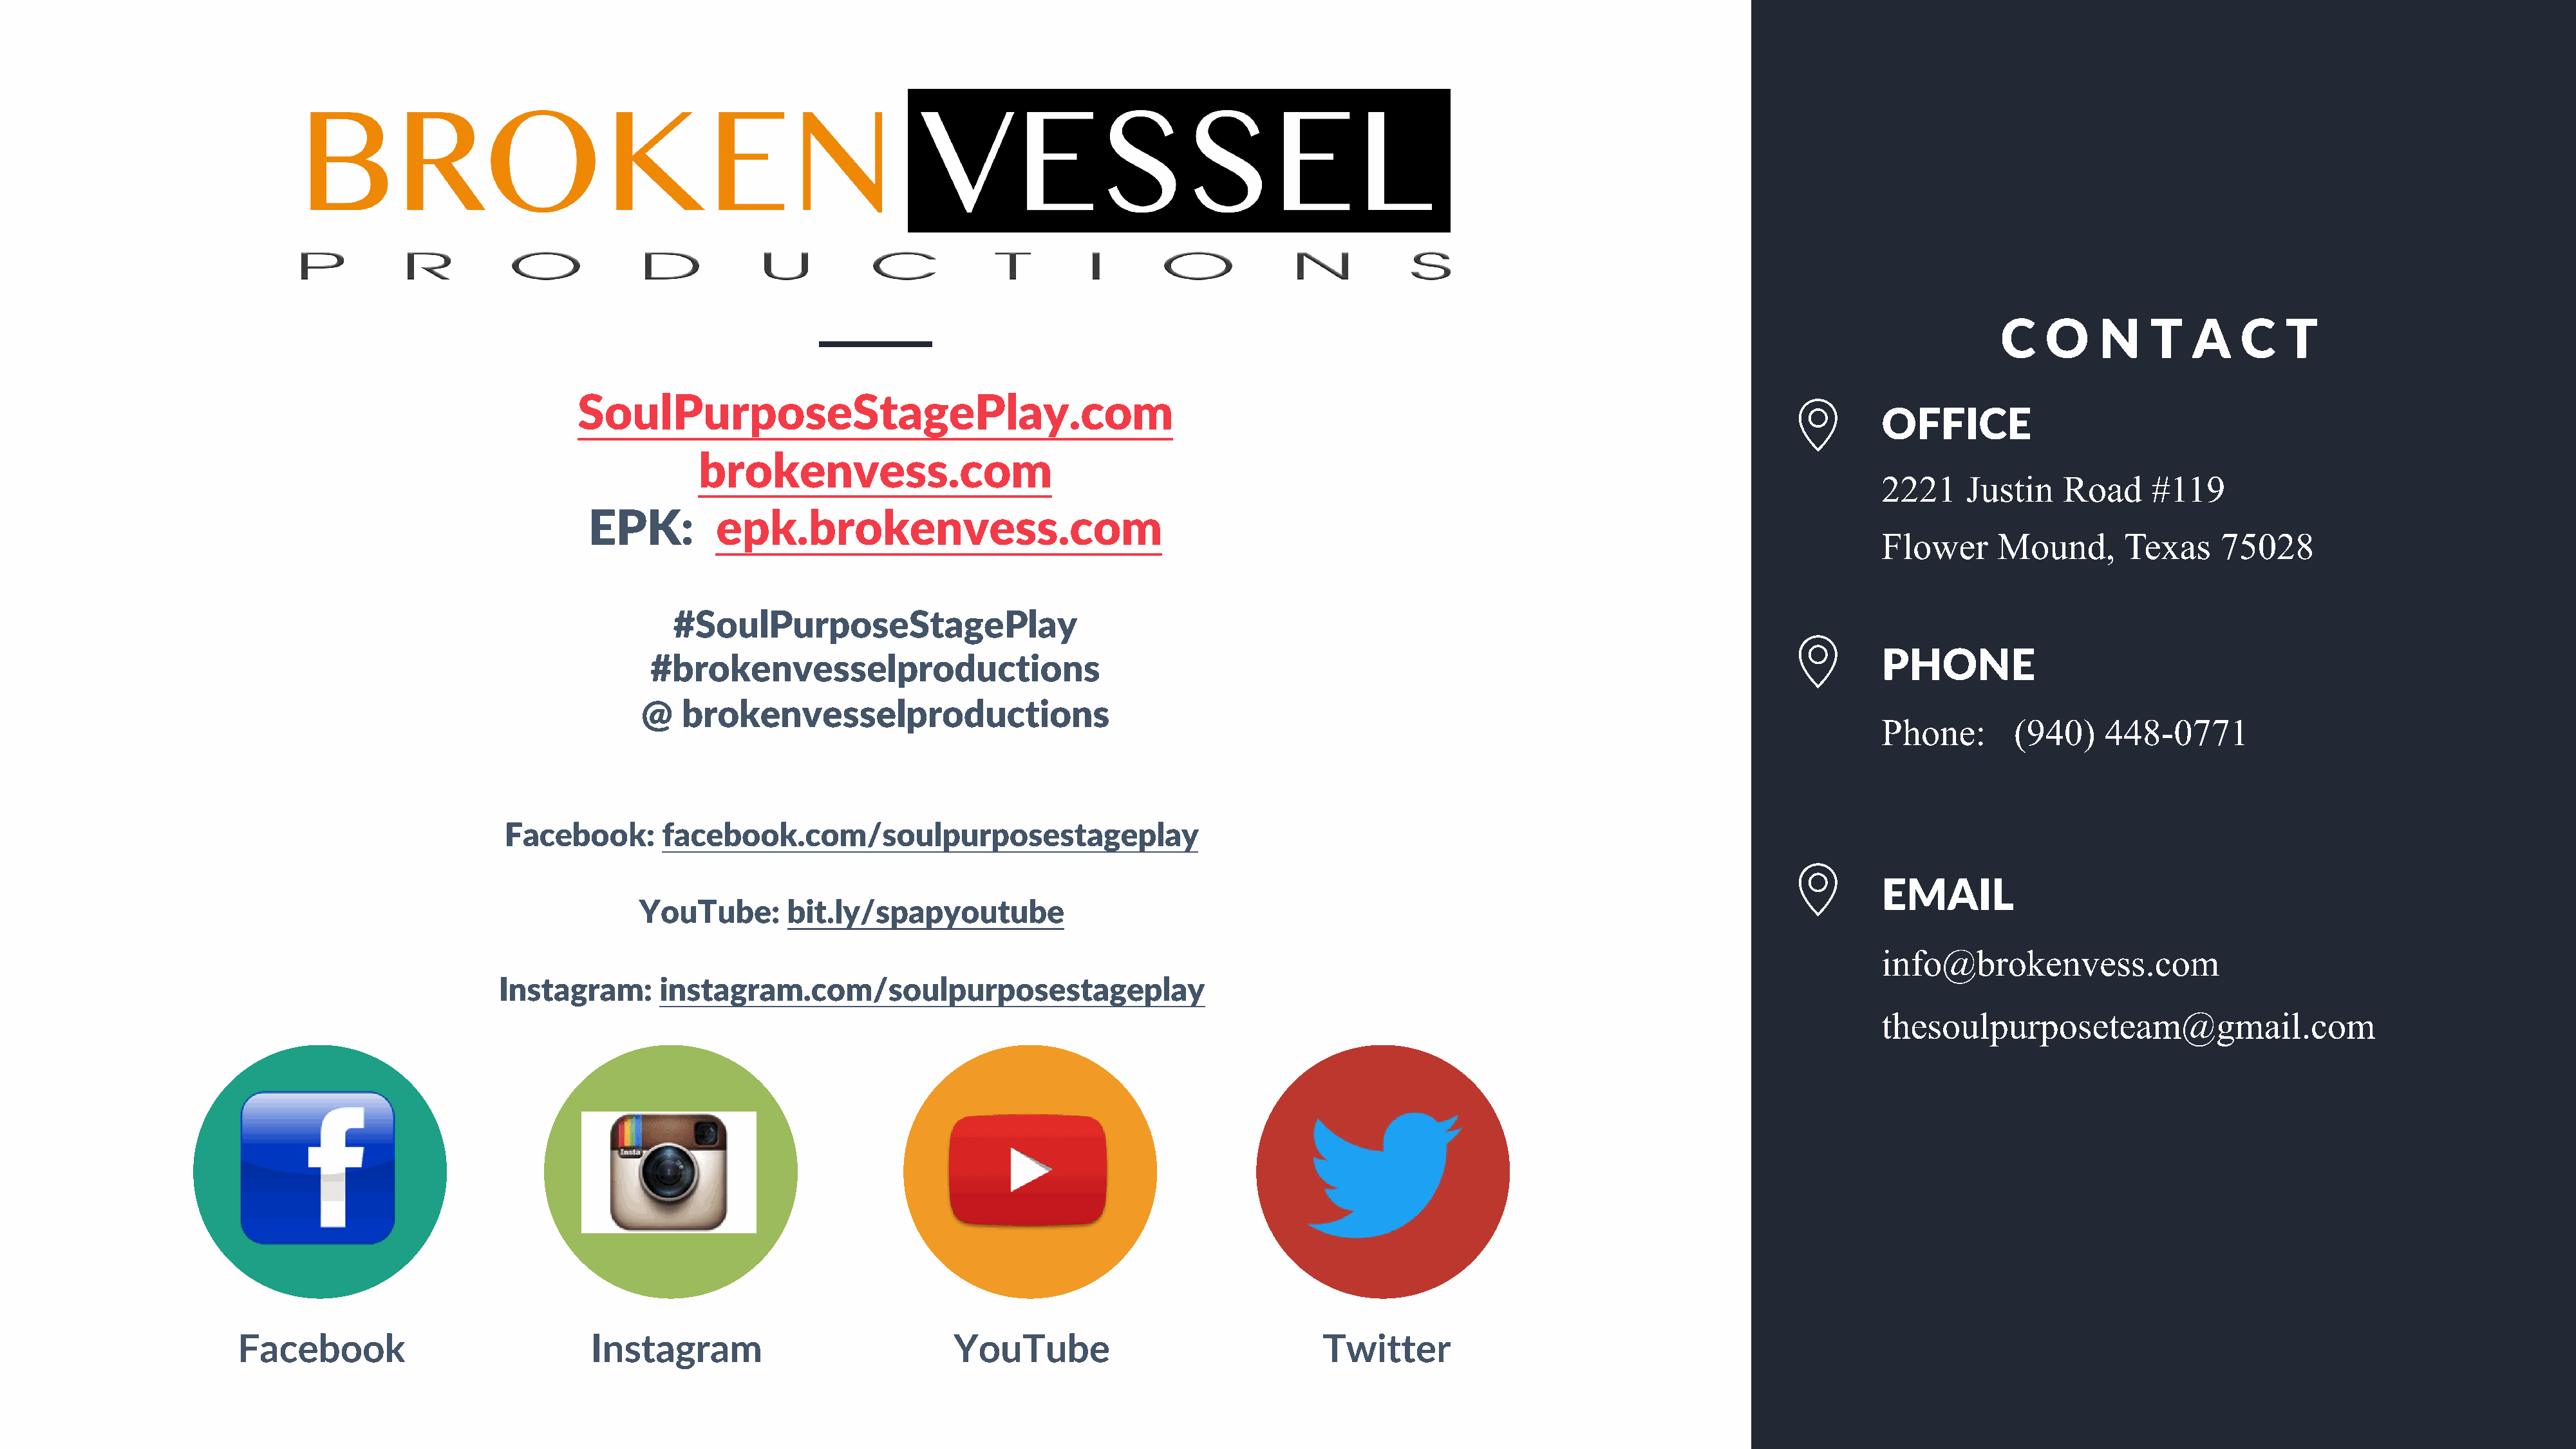
27
 C   O     N    T   A    C    T
 SoulPurposeStagePlay.com
 OFFICE
 brokenvess.com
 2221     Justin    Road     #119
 EPK:         epk.brokenvess.com
 Flower      Mound,       Texas     75028
 #SoulPurposeStagePlay
 PHONE
 #brokenvesselproductions
 @   brokenvesselproductions
 Phone:        (940)    448-0771
 Facebook:       facebook.com/soulpurposestageplay
 EMAIL
 YouTube:       bit.ly/spapyoutube
 info@brokenvess.com
 Instagram:       instagram.com/soulpurposestageplay
 thesoulpurposeteam@gmail.com
 Facebook                             Instagram                            YouTube                               Twitter
 soulpurposestageplay.com
 ©  2020   Broken   Vessel   Productions.   All Rights  Reserved.